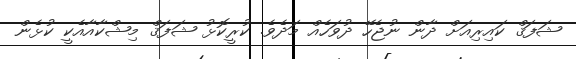
ޝަފަޤް ކައިރިއަށް ދާން ނުޖެހޭ ދުވަހެއް މަދެވެ. ކުރީކޮޅު ޝަފަޤް މިޝްކާއާއެކީ ކުޅެން